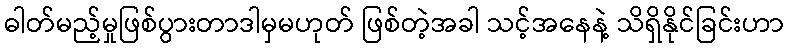
ဓါတ်မည့်မှုဖြစ်ပွားတာဒါမှမဟုတ် ဖြစ်တဲ့အခါ သင့်အနေနဲ့ သိရှိနိုင်ခြင်းဟာ